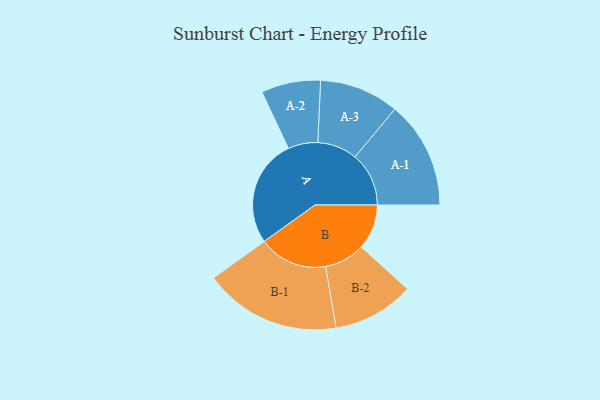
{"axis": {"x": "Segment", "y": "Value"}, "legend": ["", "A", "B"], "data": [{"x": "A", "y": 362, "type": ""}, {"x": "B", "y": 152, "type": ""}, {"x": "A-1", "y": 181, "type": "A"}, {"x": "A-2", "y": 100, "type": "A"}, {"x": "A-3", "y": 134, "type": "A"}, {"x": "B-1", "y": 231, "type": "B"}, {"x": "B-2", "y": 137, "type": "B"}]}